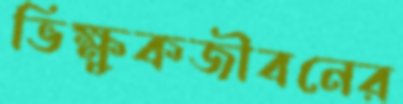
ভিক্ষুকজীবনের